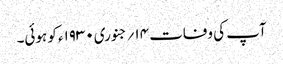
آپ کی وفات ۱۴؍جنوری ۱۹۳۰ء کو ہوئی۔